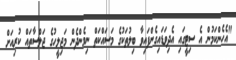
"އެހެންކަމުން އެ ސިޓީގައި އެދިވަޑައިގެންފައިވާ ބިލުތަކުގެ މަސައްކަތް ނިމެންދެން މަޖިލީހުގެ ޖަލްސާތައް ކުރިއަށް